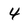
Character: 4